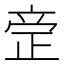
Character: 𰙪